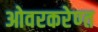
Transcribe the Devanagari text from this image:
ओवरकरेण्त